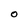
Character: O